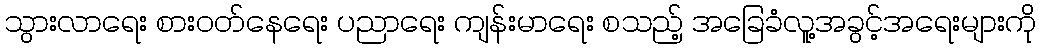
သွားလာရေး စားဝတ်နေရေး ပညာရေး ကျန်းမာရေး စသည့် အခြေခံလူ့အခွင့်အရေးများကို